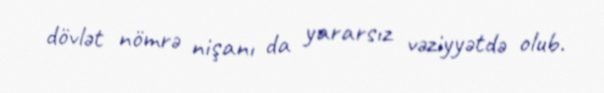
dövlət nömrə nişanı da yararsız vəziyyətdə olub.